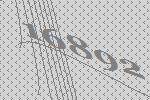
16892